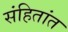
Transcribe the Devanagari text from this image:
संहितांत